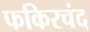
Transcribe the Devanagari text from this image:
फकिरचंद